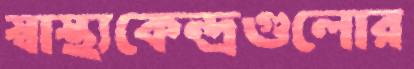
স্বাস্থ্যকেন্দ্রগুলোর